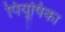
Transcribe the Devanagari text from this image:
पियूषिका